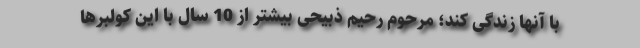
با آنها زندگی کند؛ مرحوم رحیم ذبیحی بیشتر از 10 سال با این کولبرها